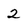
Character: 2